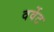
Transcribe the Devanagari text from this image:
वर्वेट